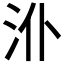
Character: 𱥸